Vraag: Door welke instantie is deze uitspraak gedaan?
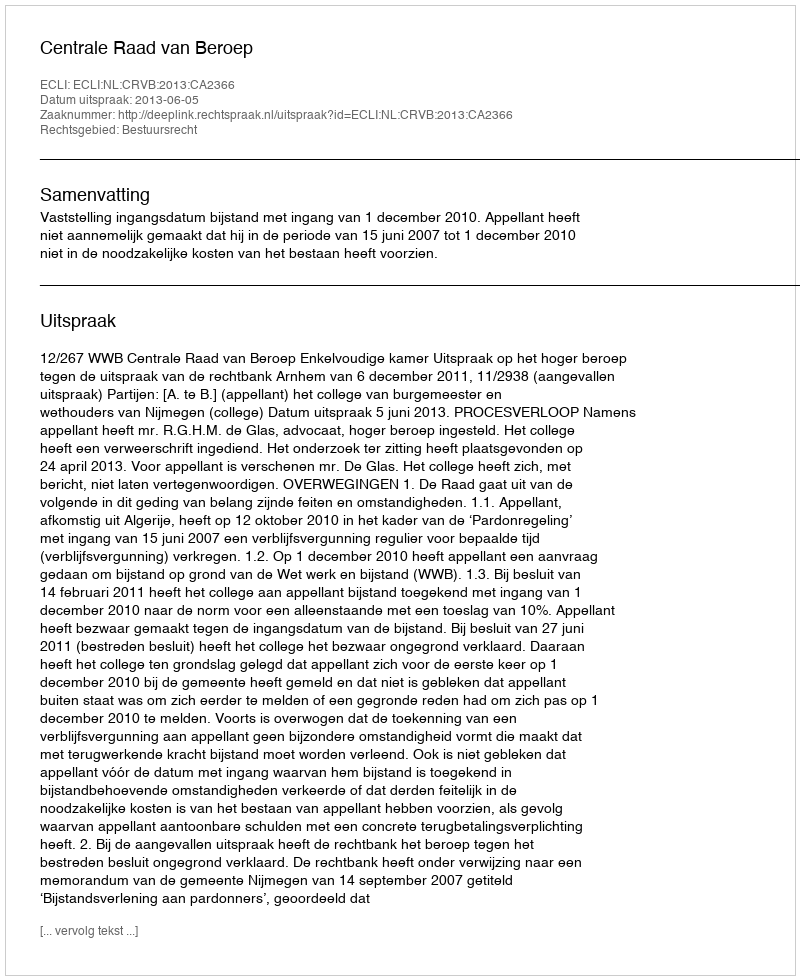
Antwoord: Centrale Raad van Beroep